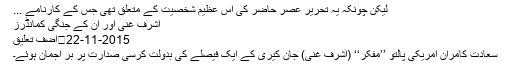
لیکن چونکہ یہ تحریر عصر حاضر کی اس عظیم شخصیت کے متعلق تھی جس کے کارنامے ...
اشرف غنی اور ان کے جنگی کمانڈرز
2015-11-22	اضف تعليق
سعادت کامران امریکی پالتو ’’مفکر‘‘ (اشرف غنی) جان کیری کے ایک فیصلے کی بدولت کرسی صدارت پر بر اجمان ہوئے۔